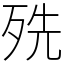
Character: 㱡